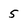
Character: 5